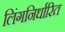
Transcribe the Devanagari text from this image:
लिंगनिर्धारित